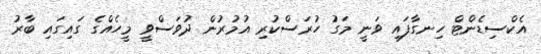
އެކްސިޑެންޓް ހިނގާފައި ވަނީ މަގު ހުރަސްކުރި އުމުރުން ދުވަސްވީ މީހެއްގެ ގައިގައި ބާރު